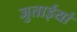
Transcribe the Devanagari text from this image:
जुताईयां